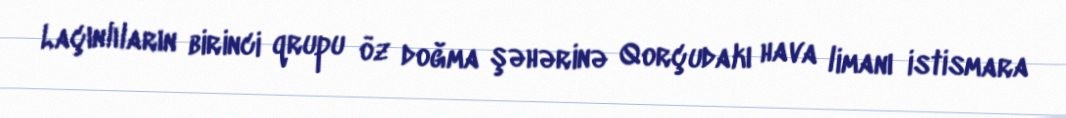
Laçınlıların birinci qrupu öz doğma şəhərinə Qorçudakı hava limanı istismara